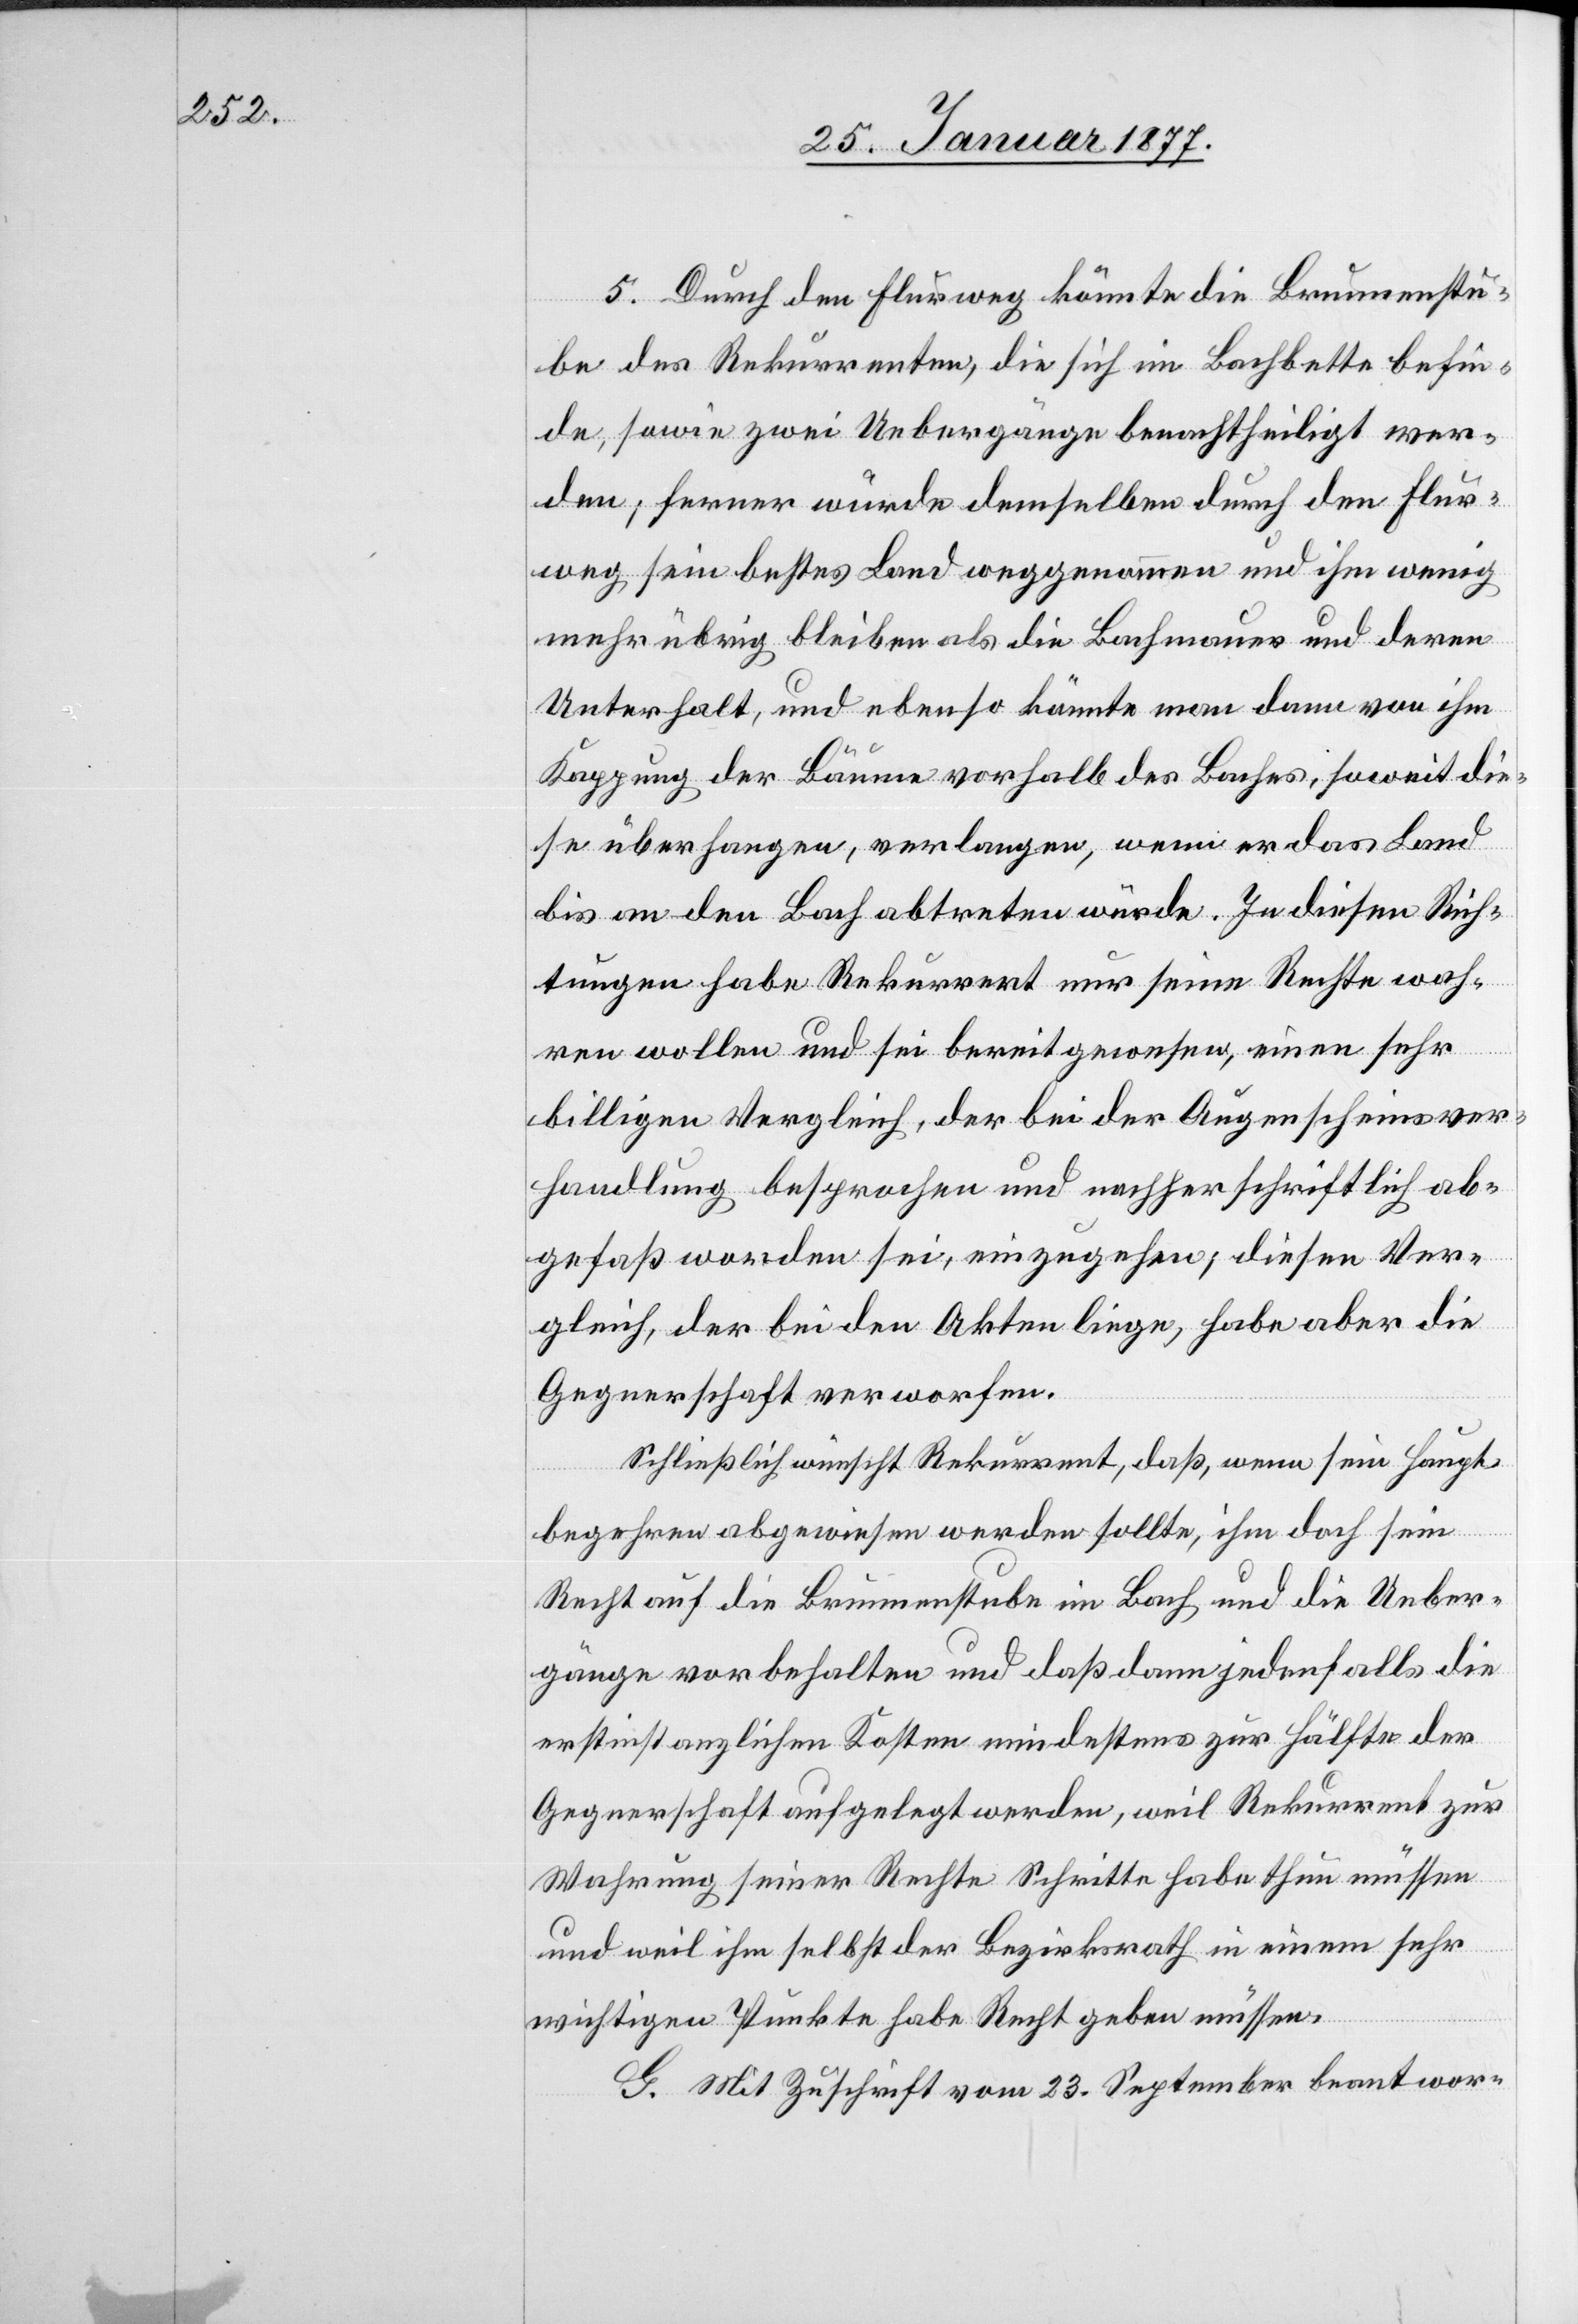
5. Durch den Flurweg könnte die Brunnenstu¬
be des Rekurrenten, die sich im Bachbette befin¬
de, sowie zwei Uebergänge benachtheiligt wer¬
den; ferner würde demselben durch den Flur¬
weg sein bestes Land weggenommen und ihm wenig
mehr übrig bleiben als die Bachmauer und deren
Unterhalt, und ebenso könnte man dann von ihm
Kappung der Bäume vorhalb des Baches, soweit die¬
se überhangen, verlangen, wenn er das Land
bis an den Bach abtreten würde. In diesen Rich¬
tungen habe Rekurrent nur seine Rechte wah¬
ren wollen und sei bereit gewesen, einen sehr
billigen Vergleich, der bei der Augenscheinsver¬
handlung besprochen und nachher schriftlich ab¬
gefaß[t] worden sei, einzugehen; diesen Ver¬
gleich, der bei den Akten liege, habe aber die
Gegnerschaft verworfen.
Schließlich wünscht Rekurrent, daß, wenn sein Haupt¬
begehren abgewiesen werden sollte, ihm doch sein
Recht auf die Brunnenstube im Bach und die Ueber¬
gänge vorbehalten und daß dann jedenfalls die
erstinstanzlichen Kosten mindestens zur Hälfte der
Gegnerschaft aufgelegt werden, weil Rekurrent zur
Wahrung seiner Rechte Schritte habe thun müssen
und weil ihm selbst der Bezirksrath in einem sehr
wichtigen Punkte habe Recht geben müssen.
G. Mit Zuschrift vom 23. September beantwor-